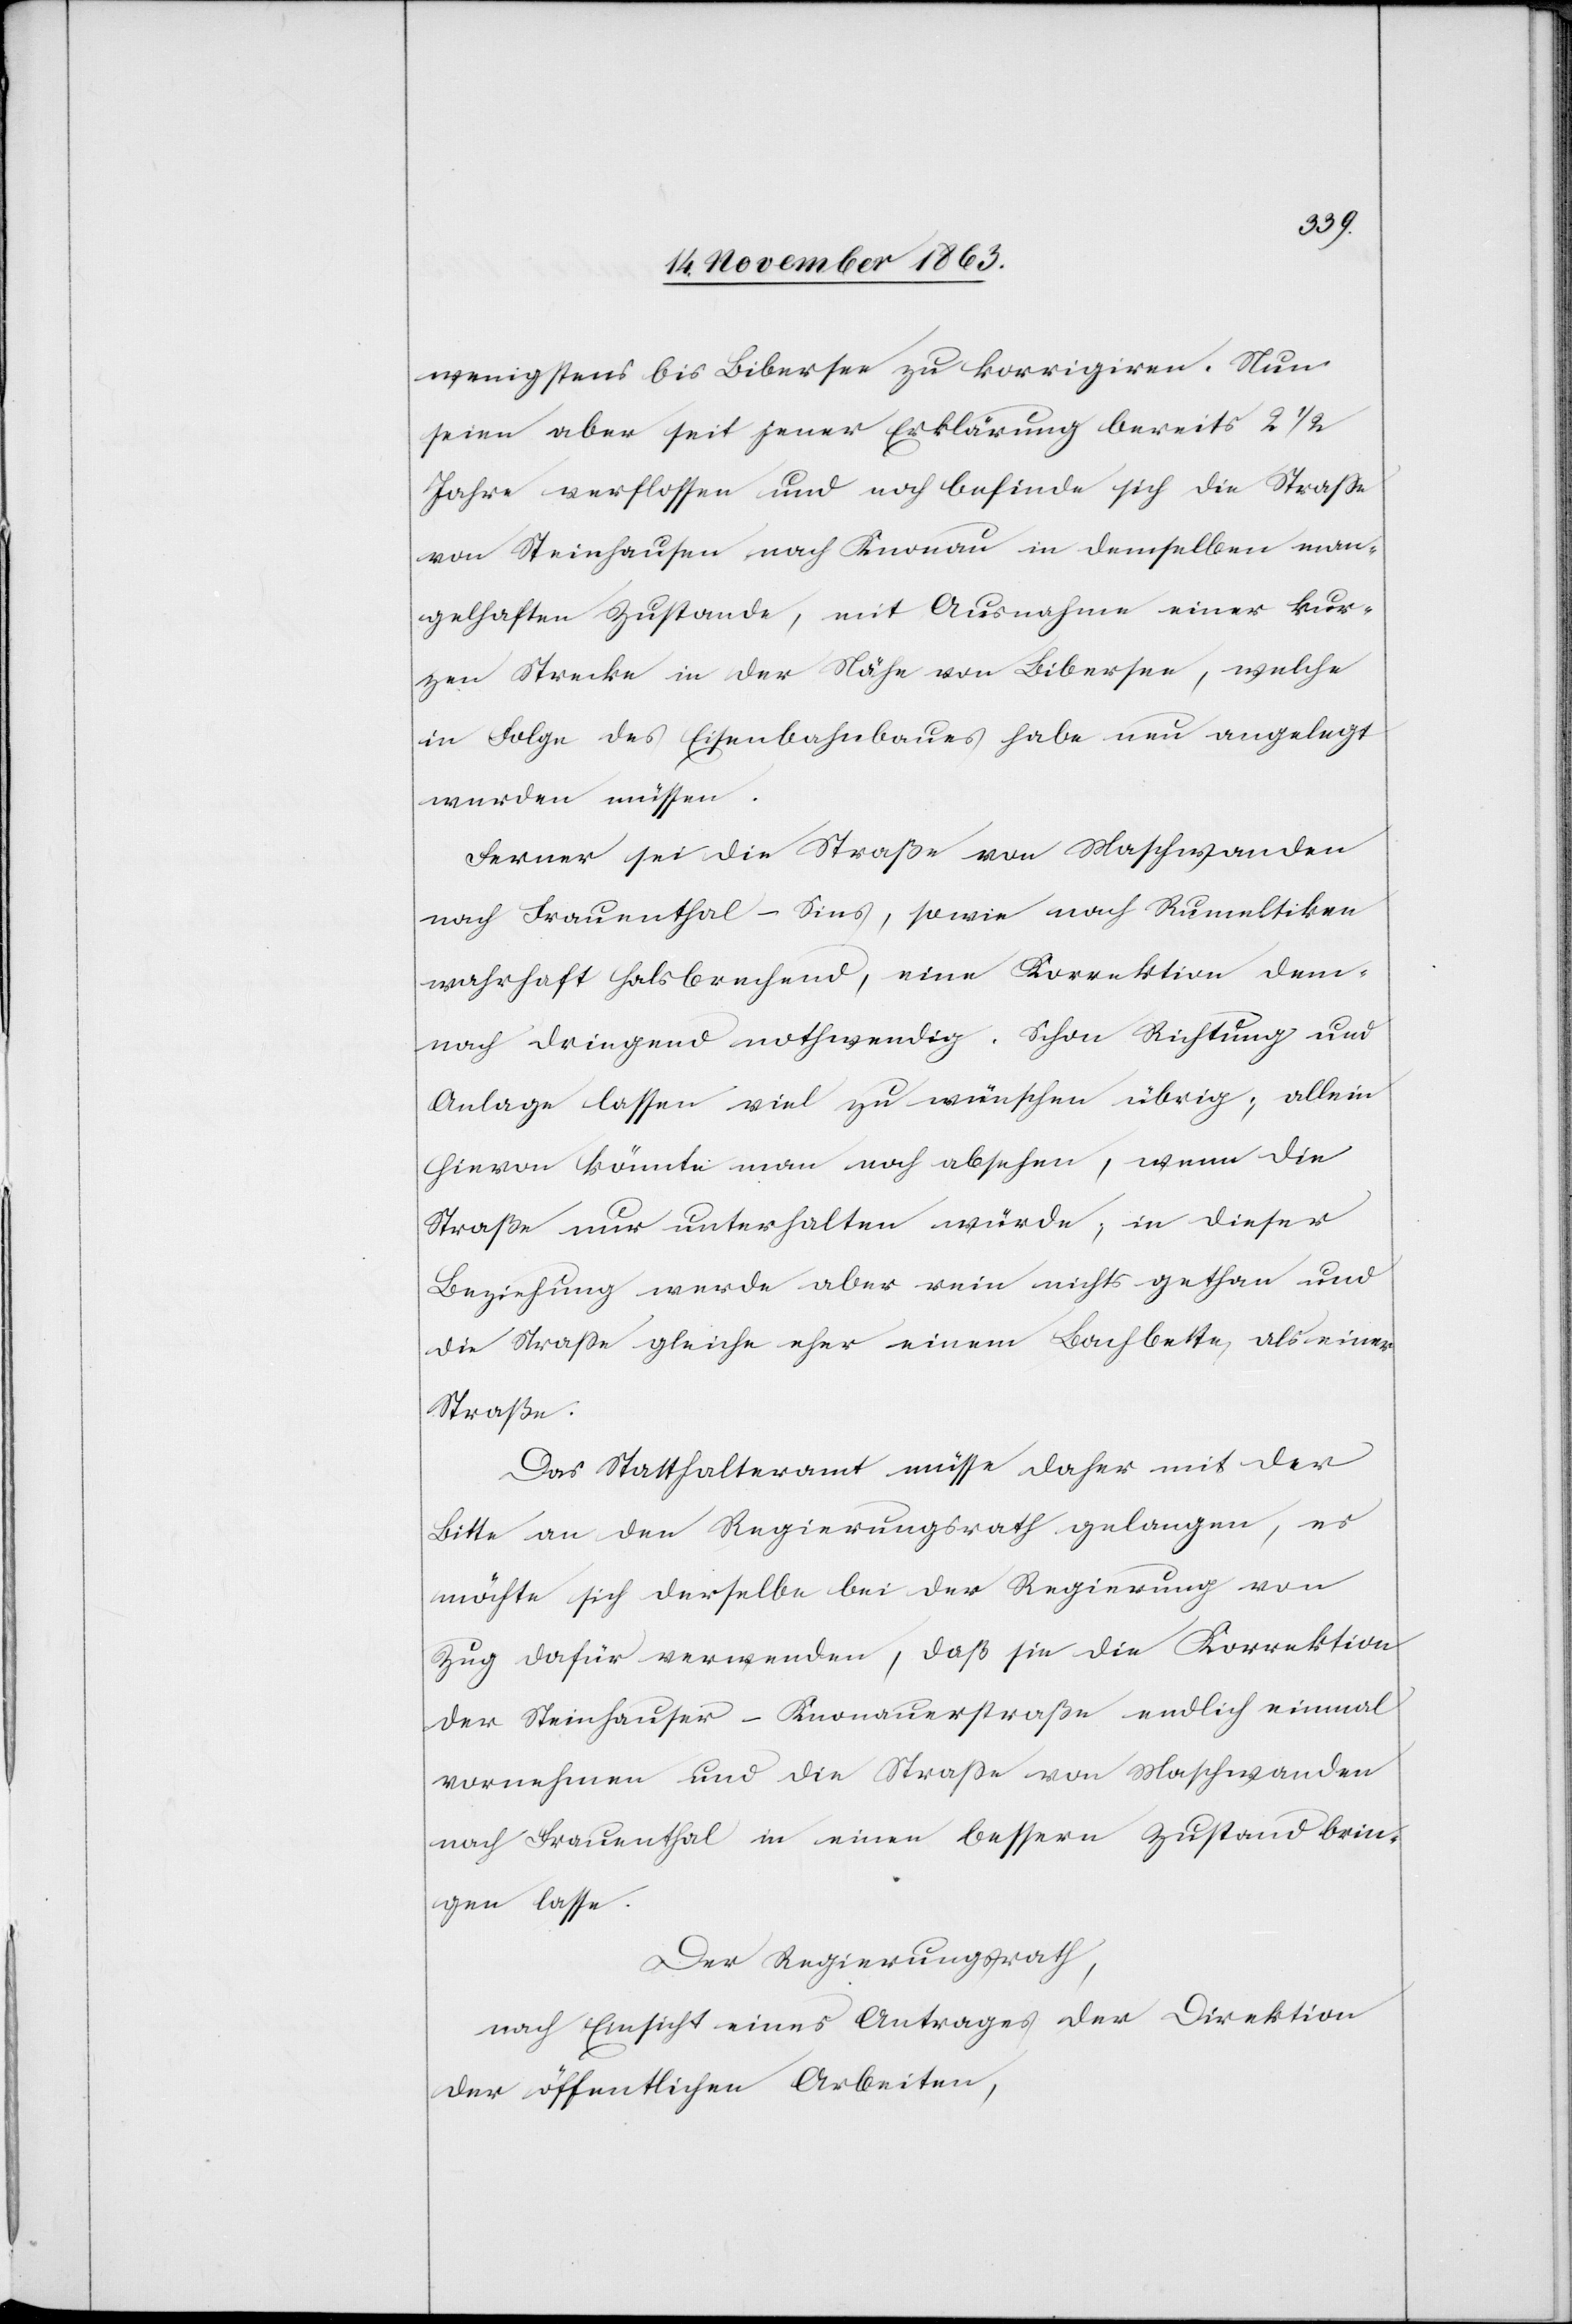
wenigstens bis Bibersee zu korrigiren. Nun
seien aber seit jener Erklärung bereits 2 1/2
Jahre verflossen und noch befinde sich die Strasse
von Steinhausen nach Knonau in demselben man¬
gelhaften Zustande, mit Ausnahme einer kur¬
zen Strecke in der Nähe von Bibersee, welche
in Folge des Eisenbahnbaues habe neu angelegt
werden müssen.
Ferner sei die Straße von Maschwanden
nach Frauenthal–Sins, sowie nach Rumeltiken
wahrhaft halsbrechend, eine Korrektion dem¬
nach dringend nothwendig. Schon Richtung und
Anlage lassen viel zu wünschen übrig; allein
hievon könnte man noch absehen, wenn die
Straße nur unterhalten würde; in dieser
Beziehung werde aber rein nichts gethan und
die Strasse gleiche eher einem Bachbette, als einer
Straße.
Das Statthalteramt müsse daher mit der
Bitte an den Regierungsrath gelangen, es
möchte sich derselbe bei der Regierung von
Zug dafür verwenden, daß sie die Korrektion
der Steinhauser-Knonauerstraße endlich einmal
vornehmen und die Strasse von Maschwanden
nach Frauenthal in einen bessern Zustand brin¬
gen lasse.
Der Regierungsrath,
nach Einsicht eines Antrages der Direktion
der öffentlichen Arbeiten,